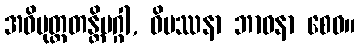
အဝိမုတ္တတန္တိမဂ္ဂါ, ဝိပဿနာ ဘာဝနာ စေဝ။